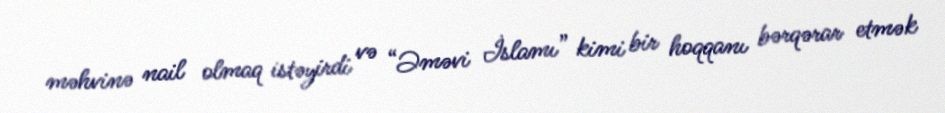
məhvinə nail olmaq istəyirdi və “Əməvi İslamı” kimi bir hoqqanı bərqərar etmək